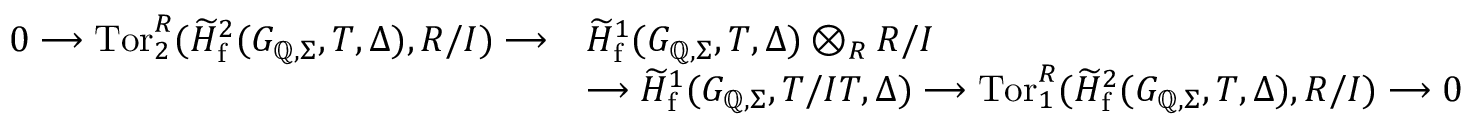
\begin{array} { r l } { 0 \longrightarrow \mathrm { T o r } _ { 2 } ^ { R } ( \widetilde { H } _ { \mathrm { f } } ^ { 2 } ( G _ { \mathbb { Q } , \Sigma } , T , \Delta ) , R / I ) \longrightarrow } & { \widetilde { H } _ { \mathrm { f } } ^ { 1 } ( G _ { \mathbb { Q } , \Sigma } , T , \Delta ) \otimes _ { R } R / I } \\ & { \longrightarrow \widetilde { H } _ { \mathrm { f } } ^ { 1 } ( G _ { \mathbb { Q } , \Sigma } , T / I T , \Delta ) \longrightarrow \mathrm { T o r } _ { 1 } ^ { R } ( \widetilde { H } _ { \mathrm { f } } ^ { 2 } ( G _ { \mathbb { Q } , \Sigma } , T , \Delta ) , R / I ) \longrightarrow 0 } \end{array}